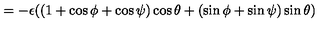
= - \epsilon ( ( 1 + \cos \phi + \cos \psi ) \cos \theta + ( \sin \phi + \sin \psi ) \sin \theta )